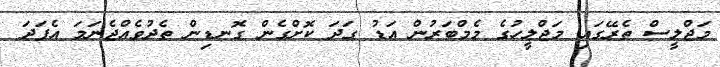
މަޖްލީސް ތެރޭގައި މަޖްލީހުގެ މެމްބަރުން އަޑު ގަދަ ކޮށްގެން ގޮނޑިން ތެދުވެއްޖެނަމަ އެފަދަ